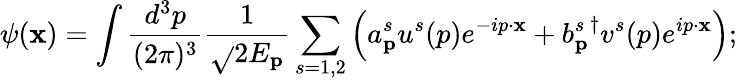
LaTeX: \psi(\mathbf{x})=\int\frac{{d^{3}p}}{{(2\pi)^{3}}}\frac{{1}}{{\sqrt{}{{2E_{\mathbf{{p}}}}}}}\sum_{s=1,2}\left(a_{\mathbf{{p}}}^{s}u^{s}(p)e^{-ip\cdot\mathbf{x}}+{b_{\mathbf{{p}}}^{s}}^{\dagger}v^{s}(p)e^{ip\cdot\mathbf{x}}\right);